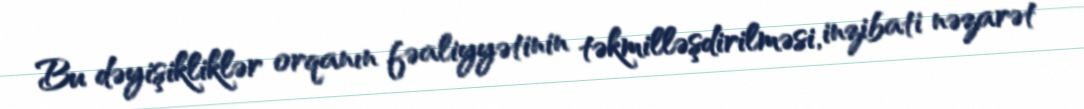
Bu dəyişikliklər orqanın fəaliyyətinin təkmilləşdirilməsi, inzibati nəzarət